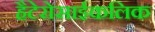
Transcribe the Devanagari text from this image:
हैटेरोसाईकलिक